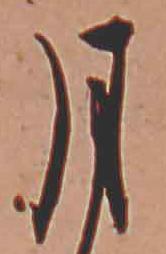
月